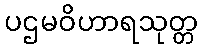
ပဌမဝိဟာရသုတ္တ